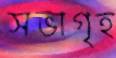
সভাগৃহ